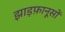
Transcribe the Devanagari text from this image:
झाड़फ़ानूसों